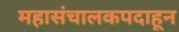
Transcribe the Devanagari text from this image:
महासंचालकपदाहून